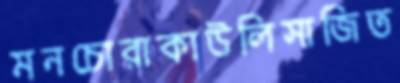
মনচোরাকাউলিসাজিত